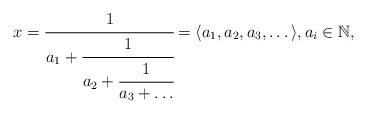
LaTeX: \begin{align*}x= \cfrac{1}{a_1+\cfrac{1}{a_2+\cfrac{1}{a_3+\dots}}} = \langle a_1,a_2,a_3,\dots\rangle, a_i \in \mathbb{N},\end{align*}